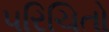
પરિચિતો